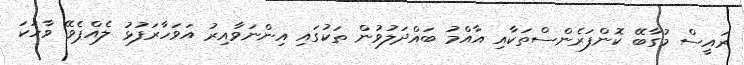
ރައީސް މުގާބޭ ކޮންފަރެންސްތަކާއި އާއްމު ބައްދަލުވުން ތަކުގައި އިންނަވާއިރު އަވަހާރަފުޅު ލެއްޕެވޭ ވާހަކަ